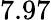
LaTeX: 7.97